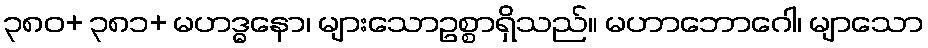
၃၈၀+ ၃၈၁+ မဟဒ္ဓနော၊ များသောဥစ္စာရှိသည်။ မဟာဘောဂေါ၊ မျာသော